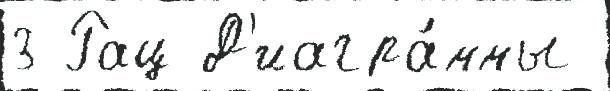
3 Рац Д'иагра́ммы